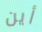
أين